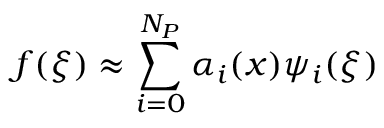
f ( \xi ) \approx \sum _ { i = 0 } ^ { N _ { P } } \alpha _ { i } ( x ) \psi _ { i } ( \xi )